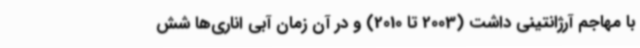
با مهاجم آرژانتینی داشت (2003 تا 2010) و در آن زمان آبی اناری‌ها شش